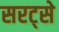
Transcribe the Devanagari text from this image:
सरट्से